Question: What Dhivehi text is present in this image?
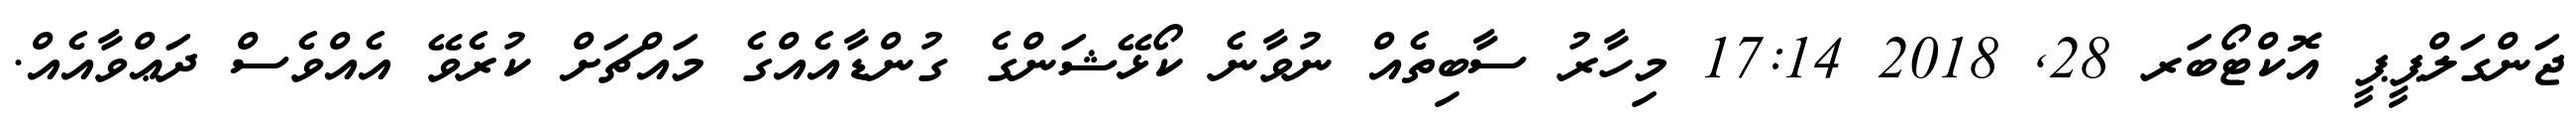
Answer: ޖަންގަލްޕީޕީ އޮކްޓޯބަރ 28, 2018 17:14 މިހާރު ސާބިތެއް ނުވާނެ ކޯޅޭޝަންގެ ގުންޑާއެއްގެ މައްޗަށް ކުރެވޭ އެއްވެސް ދަޢްވާއެއް.